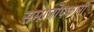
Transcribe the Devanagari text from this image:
समाजोपकारी